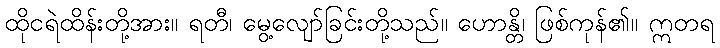
ထိုငရဲထိန်းတို့အား။ ရတီ၊ မွေ့လျော်ခြင်းတို့သည်။ ဟောန္တိ၊ ဖြစ်ကုန်၏။ ဣတရ